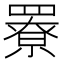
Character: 𦌒